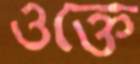
ওক্তে